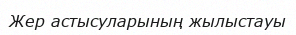
Жер астысуларының жылыстауы